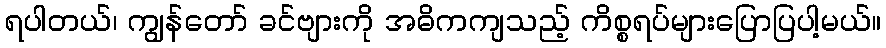
ရပါတယ်၊ ကျွန်တော် ခင်ဗျားကို အဓိကကျသည့် ကိစ္စရပ်များပြောပြပါ့မယ်။